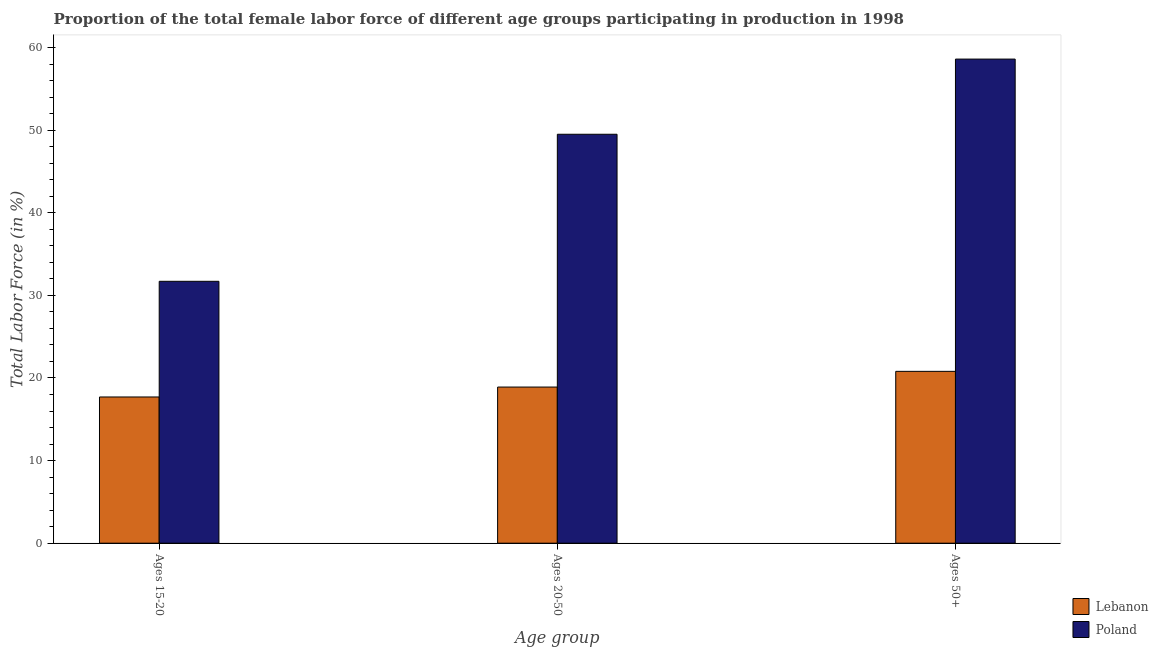
| Age group | Lebanon | Poland |
 | --- | --- | --- |
 | Ages 15-20 | 17.7 | 31.7 |
 | Ages 20-50 | 18.9 | 49.5 |
 | Ages 50+ | 20.8 | 58.6 |